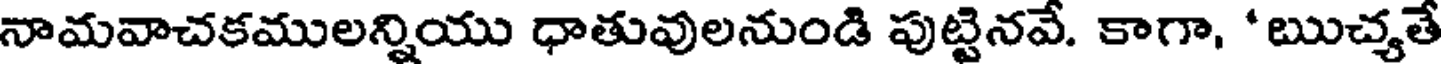
నామవాచకములన్నియు ధాతువులనుండి పుట్టినవే. కాగా, 'ఋచ్యతే